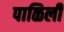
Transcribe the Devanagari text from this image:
पाळिली